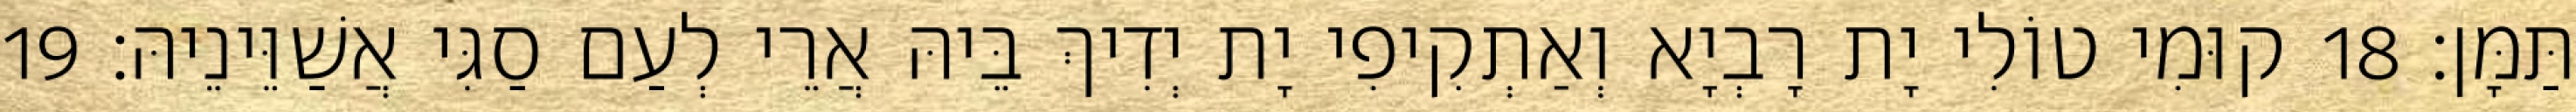
תַּמָּן׃ 18 קוּמִי טוֹלִי יָת רָבְיָא וְאַתְקִיפִי יָת יְדִיךְ בֵּיהּ אֲרֵי לְעַם סַגִּי אֲשַׁוֵּינֵיהּ׃ 19